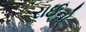
રાઈનો